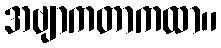
အဗျာကတာကထာ။